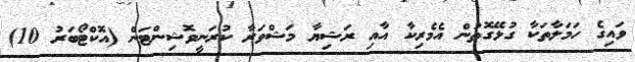
ވައިގެ ހަމަލާތަކާ ގުޅޭގޮތުން އެމެރިކާ އާއި ރަޝިޔާ މަޝްވަރާ ކުރަނީވޮޝިންޓަން (އޮކްޓޯބަރު 10)